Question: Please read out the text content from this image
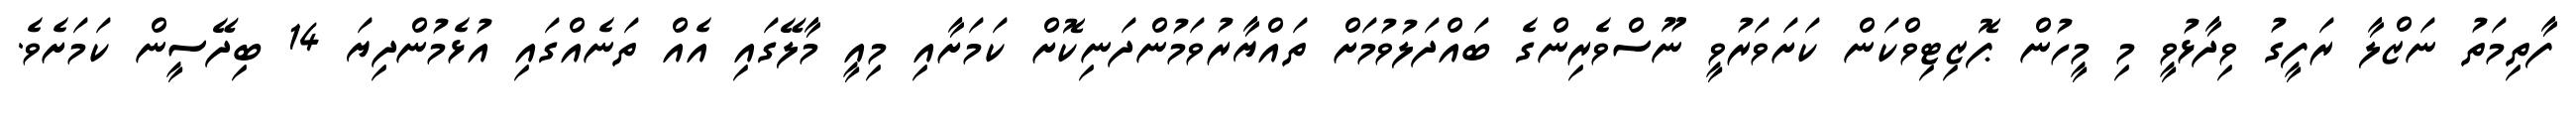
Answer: ފާތިމަތު ނަޒްލާ ރަފީގު ވިދާޅުވީ މި މީހުން ޕޮޒިޓިވްކަން ކަށަވަރުވީ ނޫސްވެރިންގެ ބައްދަލުވުމަށް ތައްޔާރުވަމުންދަނިކޮށް ކަމަށާއި މިއީ މާލޭގައި އެއް ތަނެއްގައި އުޅެމުންދިޔަ 14 ބިދޭސީން ކަމަށެވެ.